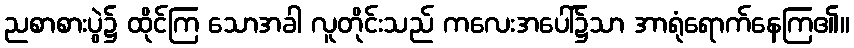
ညစာစားပွဲ၌ ထိုင်ကြ သောအခါ လူတိုင်းသည် ကလေးအပေါ်၌သာ အာရုံရောက်နေကြ၏။